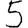
Digit: 5